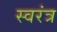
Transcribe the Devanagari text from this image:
स्वरंत्र